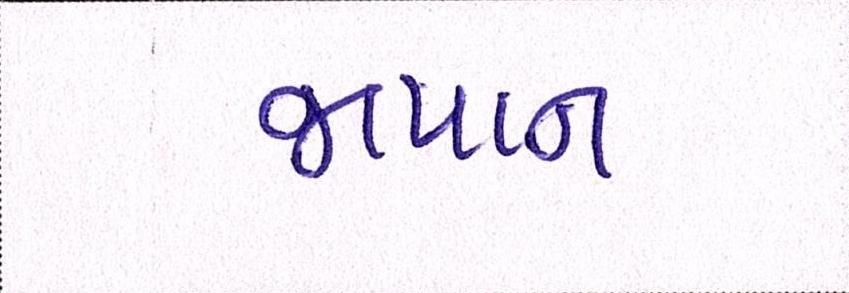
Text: જાપાનઃ